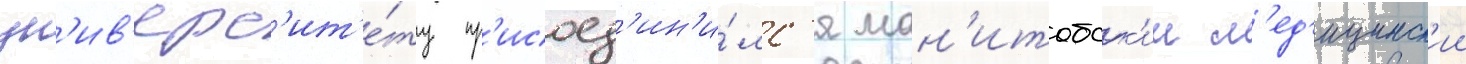
ун'ив'ерс'ит'е́ту пр'исоед'ин'и́лс'я ман'итобск'ии м'ед'ицинск'ии